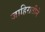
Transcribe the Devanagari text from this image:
जाहिरातीने